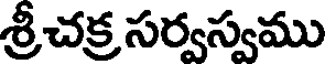
శ్రీచక్ర సర్వస్వము